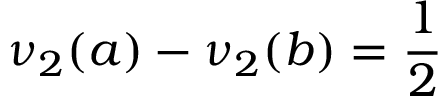
\nu _ { 2 } ( a ) - \nu _ { 2 } ( b ) = { \frac { 1 } { 2 } }